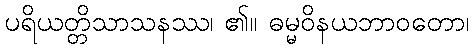
ပရိယတ္တိသာသနဿ၊ ၏။ ဓမ္မဝိနယဘာဝတော၊